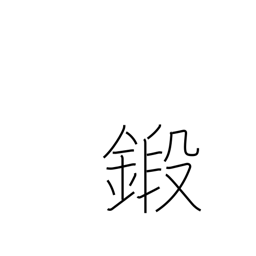
Meaning: train